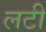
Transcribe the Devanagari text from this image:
लटी